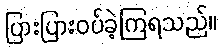
ပြားပြားဝပ်ခဲ့ကြရသည်။